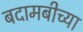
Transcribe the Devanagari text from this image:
बदामबीच्या